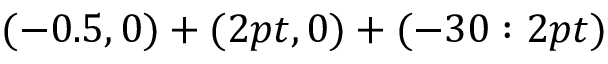
( - 0 . 5 , 0 ) + ( 2 p t , 0 ) + ( - 3 0 : 2 p t )